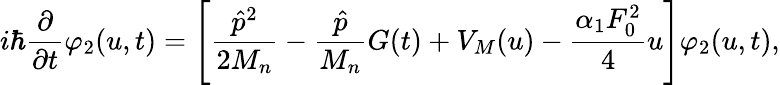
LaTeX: i\hbar\frac{\partial}{\partial t}\varphi_{2}(u,t)=\left[\frac{\hat{p}^{2}}{2M_{n}}-\frac{\hat{p}}{M_{n}}G(t)+V_{M}(u)-\frac{\alpha_{1}F_{0}^{2}}{4}u\right]\varphi_{2}(u,t),